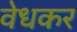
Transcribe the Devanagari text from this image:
वेधकर